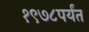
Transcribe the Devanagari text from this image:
१९७८पर्यंत